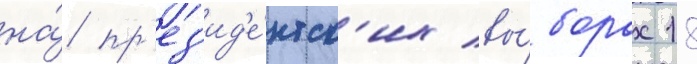
на́ пр'ез'ид'е́нтск'их вы́борах 18